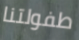
طفولتنا